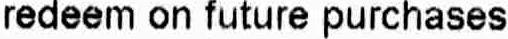
REDEEM ON FUTURE PURCHASES